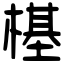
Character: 樭